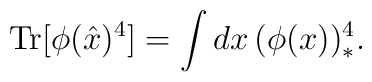
\mathrm{Tr}[\phi(\hat{x})^4]=\int dx\,(\phi(x))^4_*.